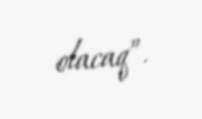
olacaq”.